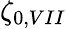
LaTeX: \zeta_{0,VII}